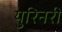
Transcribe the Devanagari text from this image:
युरिनरी